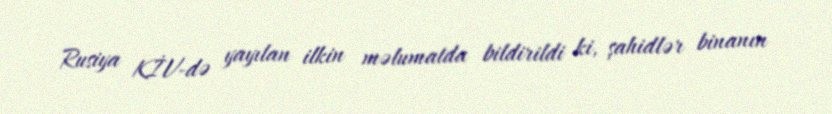
Rusiya KİV-də yayılan ilkin məlumatda bildirildi ki, şahidlər binanın